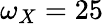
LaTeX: \omega_{X}=25